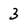
Character: 3